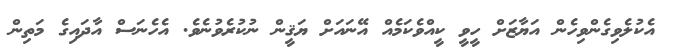
އެކުލެވިގެންވިހެން އަޔާޒަށް ހީވީ ކީއްވެކަމެއް އޭނައަށް ޔަޤީން ނުކުރެވުނެވެ. އެހެނަސް އާދައިގެ މަތިން